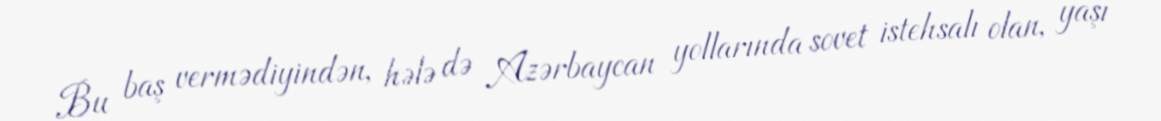
Bu baş vermədiyindən, hələ də Azərbaycan yollarında sovet istehsalı olan, yaşı